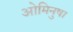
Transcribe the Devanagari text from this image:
ओमिनुषा